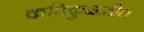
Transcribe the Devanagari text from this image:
कपिकुळातील